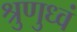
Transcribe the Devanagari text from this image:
श्रुणुध्वं